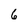
Character: 6